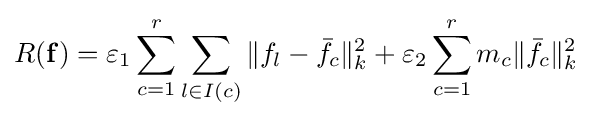
R(\mathbf {f} )=\varepsilon _{1}\sum _{c=1}^{r}\sum _{l\in I(c)}\|f_{l}-{\bar {f_{c}}}\|_{k}^{2}+\varepsilon _{2}\sum \limits _{c=1}^{r}m_{c}\|{\bar {f_{c}}}\|_{k}^{2}